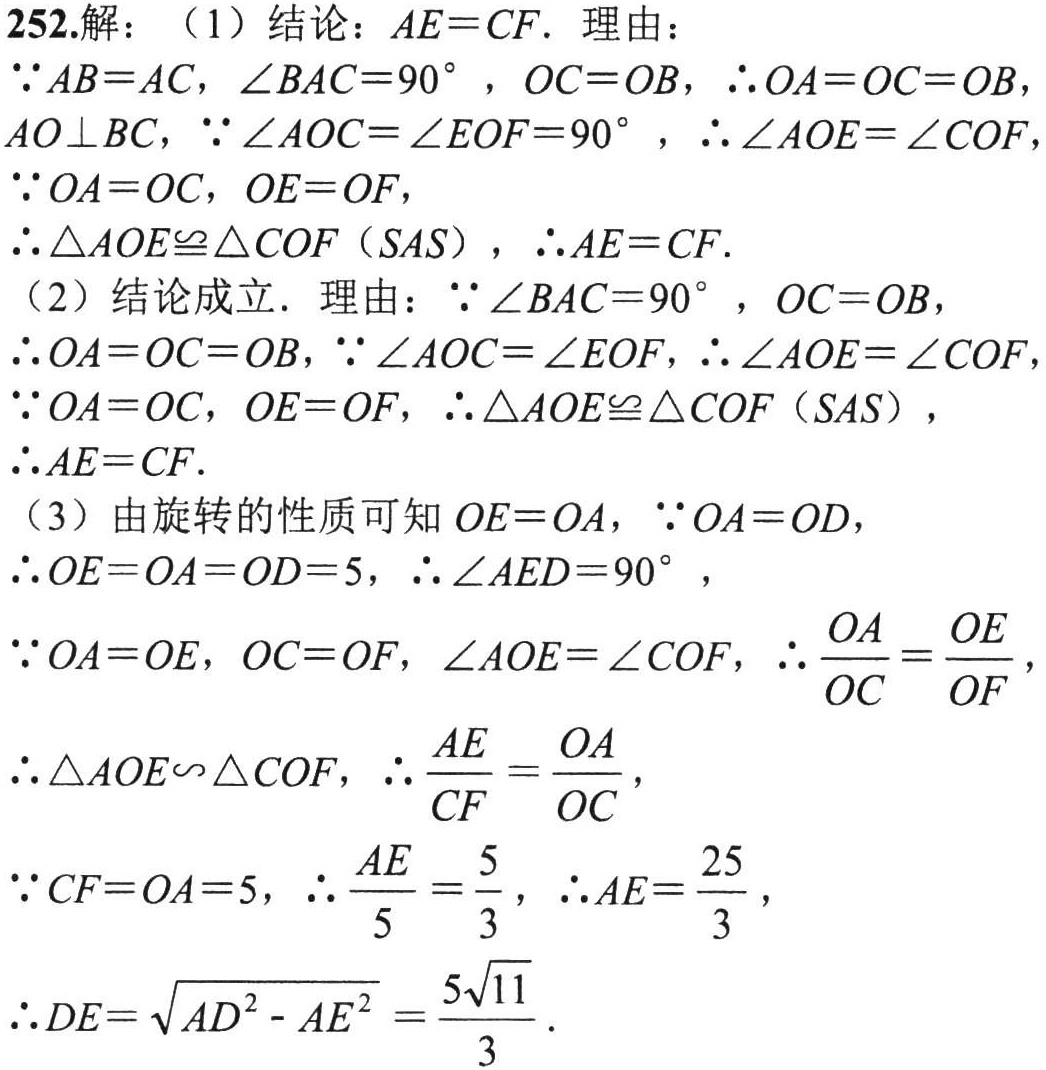
252.解：（1）结论：\(AE = CF\). 理由：
\(\because AB = AC\)，\(\angle BAC = 90^{\circ}\)，\(OC = OB\)，\(\therefore OA = OC = OB\)，\(AO\perp BC\)，\(\because\angle AOC=\angle EOF = 90^{\circ}\)，\(\therefore\angle AOE=\angle COF\)，
\(\because OA = OC\)，\(OE = OF\)，
\(\therefore\triangle AOE\cong\triangle COF\)（\(SAS\)），\(\therefore AE = CF\).
（2）结论成立. 理由：\(\because\angle BAC = 90^{\circ}\)，\(OC = OB\)，
\(\therefore OA = OC = OB\)，\(\because\angle AOC=\angle EOF\)，\(\therefore\angle AOE=\angle COF\)，
\(\because OA = OC\)，\(OE = OF\)，\(\therefore\triangle AOE\cong\triangle COF\)（\(SAS\)），
\(\therefore AE = CF\).
（3）由旋转的性质可知\(OE = OA\)，\(\because OA = OD\)，
\(\therefore OE = OA = OD = 5\)，\(\therefore\angle AED = 90^{\circ}\)，
\(\because OA = OE\)，\(OC = OF\)，\(\angle AOE=\angle COF\)，\(\therefore\frac{OA}{OC}=\frac{OE}{OF}\)，
\(\therefore\triangle AOE\backsim\triangle COF\)，\(\therefore\frac{AE}{CF}=\frac{OA}{OC}\)，
\(\because CF = OA = 5\)，\(\therefore\frac{AE}{5}=\frac{5}{3}\)，\(\therefore AE=\frac{25}{3}\)，
\(\therefore DE=\sqrt{AD^{2}-AE^{2}}=\frac{5\sqrt{11}}{3}\).